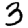
Digit: 3